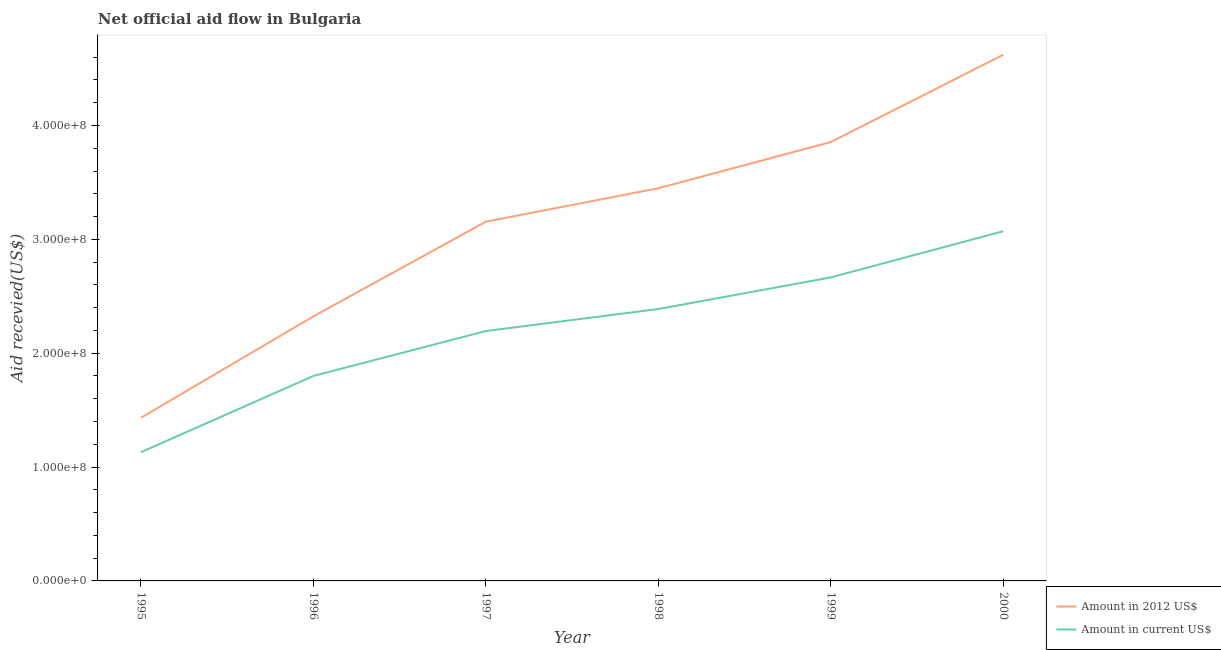
| Year | Amount in 2012 US$ | Amount in current US$ |
 | --- | --- | --- |
 | 1995 | 1.43e+08 | 1.13e+08 |
 | 1996 | 2.32e+08 | 1.8e+08 |
 | 1997 | 3.16e+08 | 2.19e+08 |
 | 1998 | 3.45e+08 | 2.39e+08 |
 | 1999 | 3.85e+08 | 2.67e+08 |
 | 2000 | 4.62e+08 | 3.07e+08 |